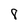
Character: 8